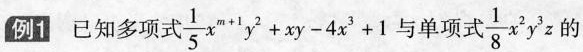
例1 已知多项式$$\frac { 1 } { 5 } x ^ { m + 1 } y ^ { 2 } + x y - 4 x ^ { 3 } + 1$$与单项式\frac {1} {8}x^{2} y^{3}z的